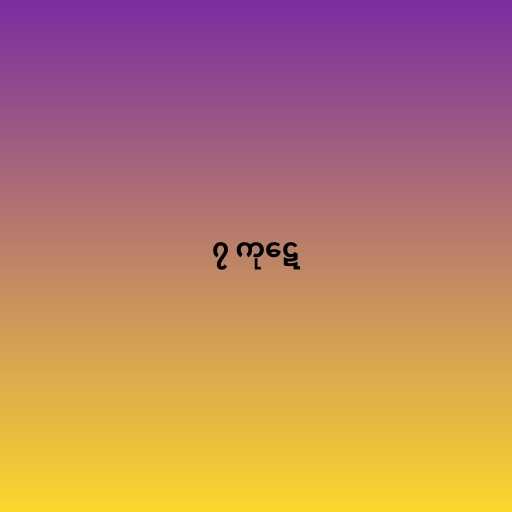
၇ ကုဋေ